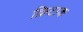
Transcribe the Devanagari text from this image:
क्रिटाक